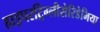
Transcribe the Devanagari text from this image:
हाइपरट्रिग्लीसेरिडेमिया